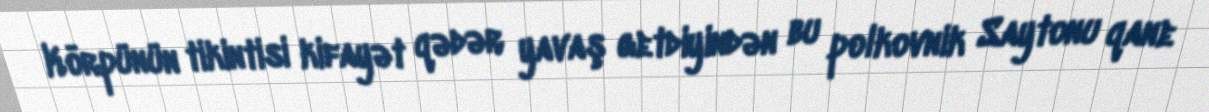
Körpünün tikintisi kifayət qədər yavaş getdiyindən bu polkovnik Saytonu qane